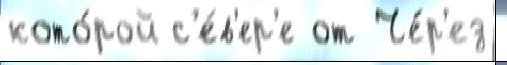
кото́рой с'е́в'ер'е от Че́р'ез